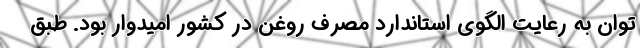
‌‌توان به رعایت الگوی استاندارد مصرف روغن در کشور امیدوار بود. طبق